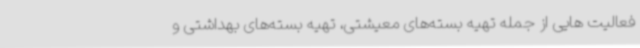
فعالیت هایی از جمله تهیه بسته‌های معیشتی، تهیه بسته‌های بهداشتی و